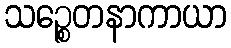
သဉ္စေတနာကာယာ